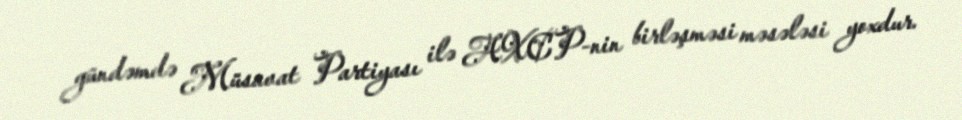
gündəmdə Müsavat Partiyası ilə AXCP-nin birləşməsi məsələsi yoxdur.